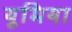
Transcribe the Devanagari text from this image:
यूमिया